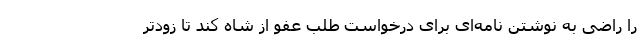
را راضی به نوشتن نامه‌ای برای درخواست طلب عفو از شاه کند تا زودتر